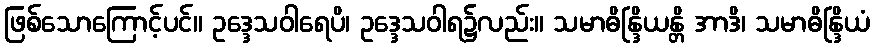
ဖြစ်သောကြောင့်ပင်။ ဥဒ္ဒေသဝါရေပိ၊ ဥဒ္ဒေသဝါရ၌လည်း။ သမာဓိန္ဒြိယန္တိ အာဒိ၊ သမာဓိန္ဒြိယံ